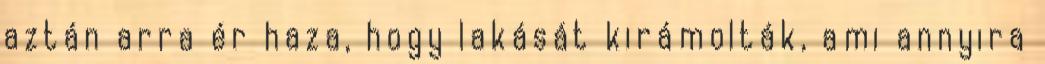
aztán arra ér haza, hogy lakását kirámolták, ami annyira